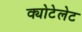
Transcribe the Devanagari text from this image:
क्योटेलेट